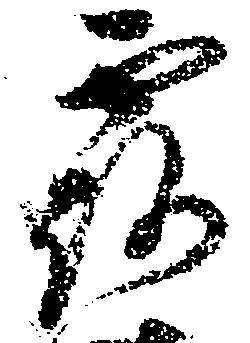
露